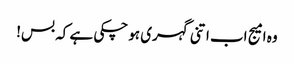
وہ امیج اب اتنی گہری ہو چکی ہے کہ بس!